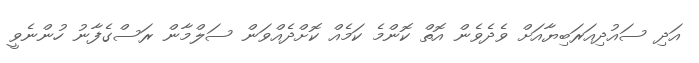
އަދި ސައުދިއަރަބިޔާއަށް ވެދެވެން އޮތް ކޮންމެ ކަމެއް ކޮށްދެއްވަން ސަލްމާން ރަސްގެފާނު ހުންނެވީ